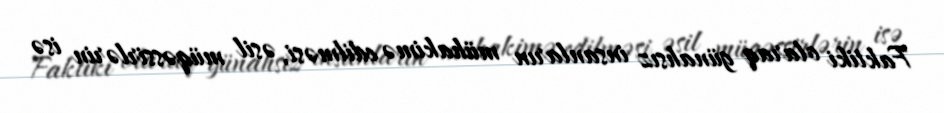
Faktiki olaraq günahsız insanların mühakimə edilməsi, əsil müqəssirlərin isə